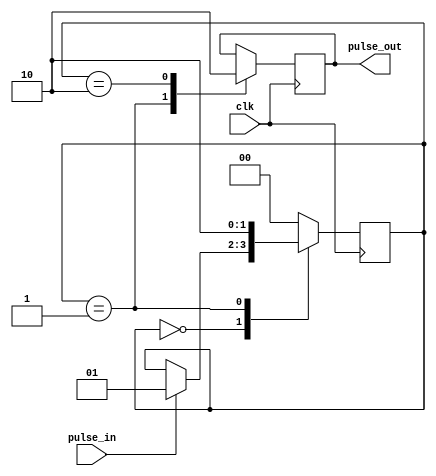
module PulseSynchronizer (
    input wire clk,
    input wire pulse_in,
    output reg pulse_out
);

reg [1:0] state;

always @(posedge clk) begin
    case (state)
        2'b00: begin
            if (pulse_in) begin
                state <= 2'b01;
            end
        end
        2'b01: begin
            pulse_out <= 1'b1;
            state <= 2'b10;
        end
        2'b10: begin
            pulse_out <= 1'b0;
            state <= 2'b00;
        end
        default: state <= 2'b00;
    endcase
end

endmodule